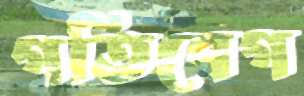
গতিবেগ